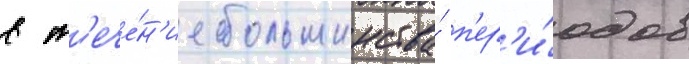
в т'ече́н'ие большинства́ п'ер'и́одов